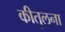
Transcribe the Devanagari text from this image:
कीतुलना